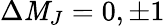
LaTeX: \Delta\mathit{M}_{J}=0,\pm1